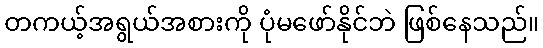
တကယ့်အရွယ်အစားကို ပုံမဖော်နိုင်ဘဲ ဖြစ်နေသည်။